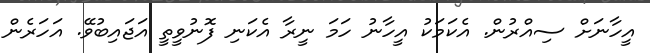
އީހާނަށް ސިއްރުން. އެކަމަކު އީހާނު ހަމަ ނީރާ އެކަނި ފޮނުވީތީ އަޖައިބުވޭ. އަހަރެން